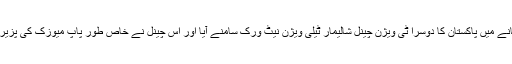
اسی زمانے میں پاکستان کا دوسرا ٹی ویژن چینل شالیمار ٹیلی ویژن نیٹ ورک سامنے آیا اور اس چینل نے خاص طور پاپ میوزک کی پزیرائی کی۔